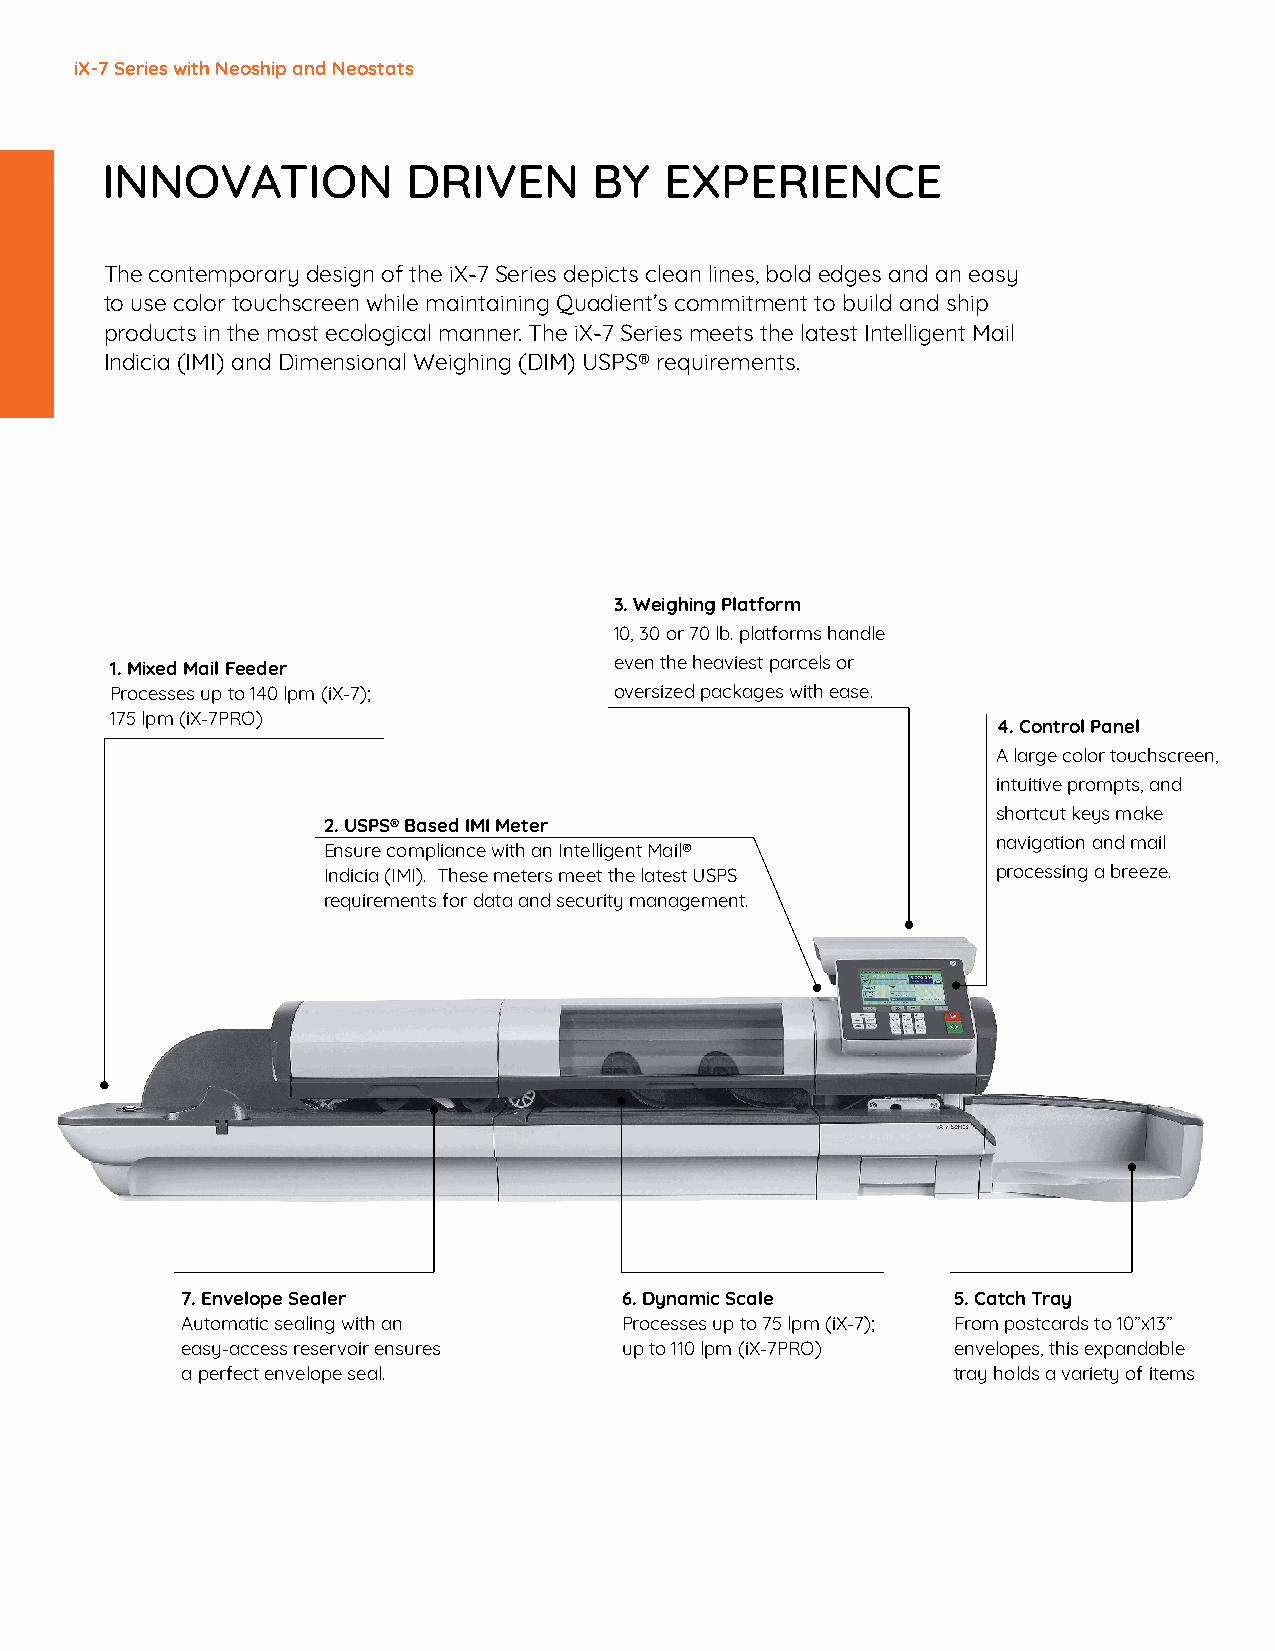
iX-7 Series with Neoship and Neostats
 INNOVATION          DRIVEN      BY   EXPERIENCE
 The contemporary design of the iX-7 Series depicts clean lines, bold edges and an easy
 to use color touchscreen while maintaining Quadient’s commitment to build and ship
 products in the most ecological manner. The iX-7 Series meets the latest Intelligent Mail
 Indicia (IMI) and Dimensional Weighing (DIM) USPS® requirements.
 3.Weighing Platform
 10, 30 or 70 lb. platforms handle
 even the heaviest parcels or
 1.Mixed Mail Feeder
 Processes up to 140 lpm (iX-7);   oversized packages with ease.
 175 lpm (iX-7PRO)
 4.Control Panel
 A large color touchscreen,
 intuitive prompts, and
 shortcut keys make
 2.USPS® Based IMI Meter
 navigation and mail
 Ensure compliance with an Intelligent Mail®
 Indicia (IMI). These meters meet the latest USPS processing a breeze.
 requirements for data and security management.
 7.Envelope Sealer            6.Dynamic Scale       5.Catch Tray
 Automatic sealing with an    Processes up to 75 lpm (iX-7); From postcards to 10”x13”
 easy-access reservoir ensures up to 110 lpm (iX-7PRO) envelopes, this expandable
 a perfect envelope seal.                           tray holds a variety of items